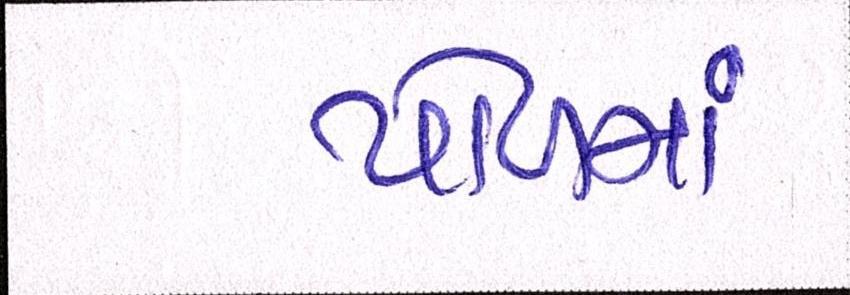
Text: પોળમાં